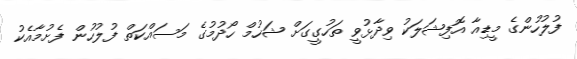
ފުލުުހުންގެ މީޑިއާ އޮފިޝަލަކު ވިދާޅުވީ ތަހުގީގަށް ޝަހުމް ހޯދުމުގެ މަސައްކަތް ފުުލުހުން ފެށުމާއެކު